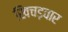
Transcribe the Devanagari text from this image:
खिचड़वार